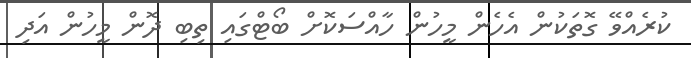
ކުރެއްވޭ ގޮތަކުން އެހެން މީހުން ހާއްސަކޮށް ބޯޓްގައި ތިބި ދޮން މީހުން އަދި